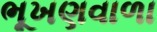
ભૂખણવાળા